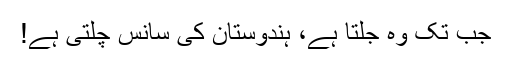
جب تک وہ جلتا ہے، ہندوستان کی سانس چلتی ہے!